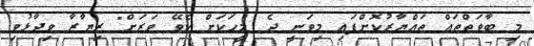
މި ބާވަތްތައް ތައްޔާރުކޮށްފައި މިވަނީ ދެ މީހަކަށް ކެވޭ ވަރަށް" ރިޔާޒާ ވިދާޅުވި